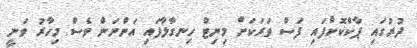
ދުރުގައި ޕާކްކޮށްފައި ފަސް ވަރަކަށް މިނިޓް ހިނގާލާފައި އަންނަން ވެސް މިހާރު ވަނީ